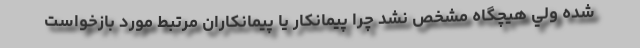
شده ولي هيچگاه مشخص نشد چرا پيمانكار يا پيمانكاران مرتبط مورد بازخواست